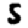
Digit: 5